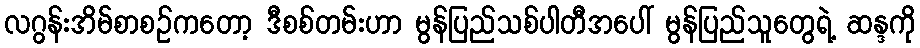
လဂွန်းအိမ်စာစဉ်ကတော့ ဒီစစ်တမ်းဟာ မွန်ပြည်သစ်ပါတီအပေါ် မွန်ပြည်သူတွေရဲ့ ဆန္ဒကို